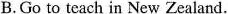
B.Go to teach in New Zealand.